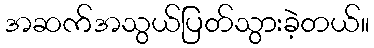
အဆက်အသွယ်ပြတ်သွားခဲ့တယ်။